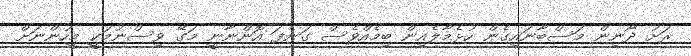
ރަށު ދޯނިން މަސްބާނައިގެން ހުޅެމާލެއިން ބިމެއްވެސް ގަނެފަ އޮންނާނީ މަގޭ ވިސްނުމަކީ މީހުންނަށް